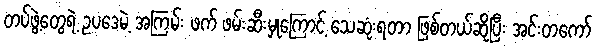
တပ်ဖွဲ့တွေရဲ့ ဥပဒေမဲ့ အကြမ်း ဖက် ဖမ်းဆီးမှုကြောင့် သေဆုံးရတာ ဖြစ်တယ်ဆိုပြီး အင်းတကော်